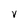
Character: V